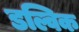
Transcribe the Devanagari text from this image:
डल्विक